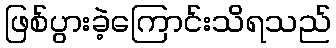
ဖြစ်ပွားခဲ့ကြောင်းသိရသည်